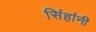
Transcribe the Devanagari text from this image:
सिंहांनी